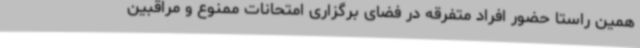
همین راستا حضور افراد متفرقه در فضای برگزاری امتحانات ممنوع و مراقبین